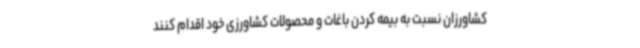
کشاورزان نسبت به بیمه کردن باغات و محصولات کشاورزی خود اقدام کنند